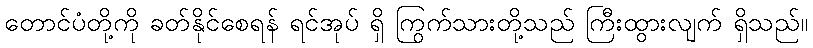
တောင်ပံတို့ကို ခတ်နိုင်စေရန် ရင်အုပ် ရှိ ကြွက်သားတို့သည် ကြီးထွားလျက် ရှိသည်။